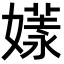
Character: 𡠘